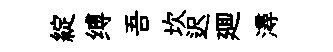
綻缚吾坎迟廽潯